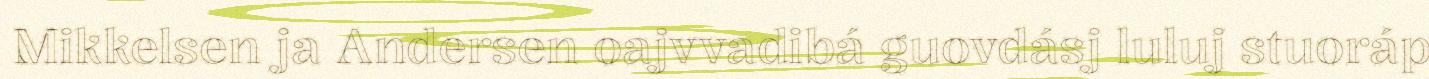
Mikkelsen ja Andersen oajvvadibá guovdásj luluj stuoráp